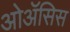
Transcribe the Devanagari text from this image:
ओॲसिस